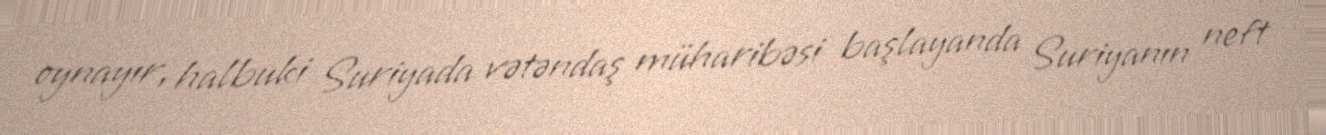
oynayır, halbuki Suriyada vətəndaş müharibəsi başlayanda Suriyanın neft